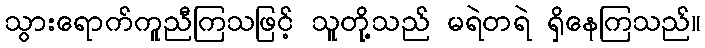
သွားရောက်ကူညီကြသဖြင့် သူတို့သည် မရဲတရဲ ရှိနေကြသည်။